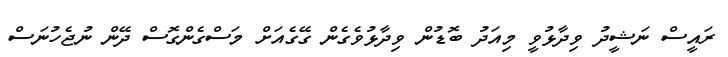
ރައީސް ނަޝީދު ވިދާޅުވީ މިއަދު ބޮޑުން ވިދާޅުވެގެން ގޭގެއަށް މަސްގެންގޮސް ދޭން ނުޖެހުނަސް